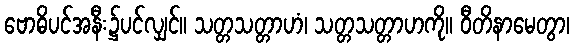
ဗောဓိပင်အနီး၌ပင်လျှင်။ သတ္တသတ္တာဟံ၊ သတ္တသတ္တာဟကို။ ဝီတိနာမေတွာ၊